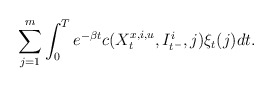
\begin{align*}\sum_{j=1}^m\int_0^T e^{-\beta t} c(X_t^{x,i,u},I_{t^-}^i,j) \xi_t(j) dt.\end{align*}